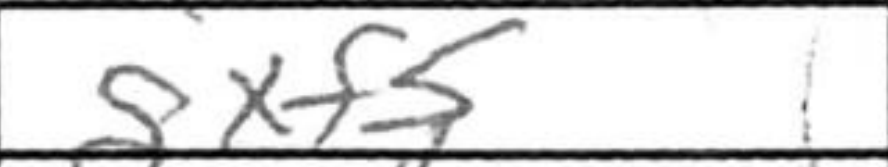
Transcription: dxf5